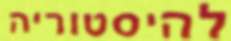
להיסטוריה